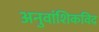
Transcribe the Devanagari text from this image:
अनुवांशिकविद